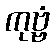
ကုဗ္ဗံ